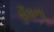
સઁઘના